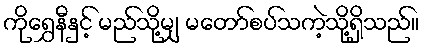
ကိုရွှေနီနှင့် မည်သို့မျှ မတော်စပ်သကဲ့သို့ရှိသည်။